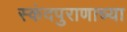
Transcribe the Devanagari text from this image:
स्कंदपुराणाच्या